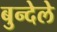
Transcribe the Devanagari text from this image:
बुन्देले